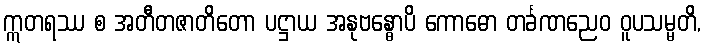
ဣတရဿ စ အတီတဇာတိတော ပဋ္ဌာယ အနုဗန္ဓောပိ ကောဓော တင်္ခဏညေဝ ဝူပသမ္မတိ,